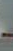
-